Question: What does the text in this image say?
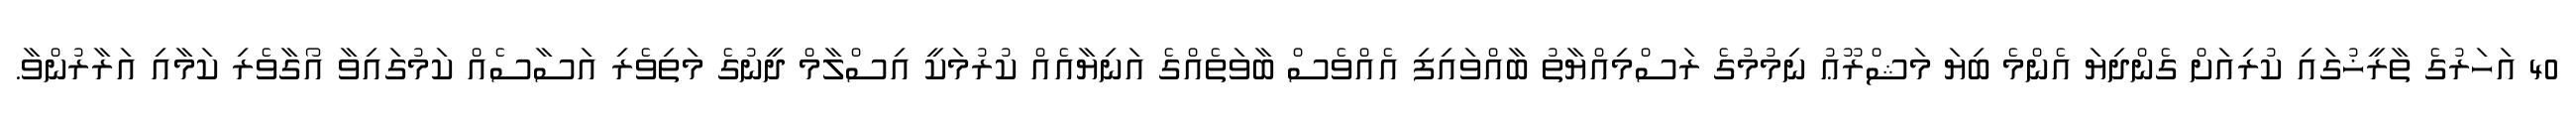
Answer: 40 އަހަރުގެ ތާރީޚުގައި ކުރިއަށް ގެންދިޔަ އެންމެ ބިޔަ މަޝްރޫޢު ނިމުމުގެ ރަސްމިއްޔާތު ބާއްވައިފި އެއްވެސް ބާވަތެއްގެ އަނިޔާއެއް ކުރުމަކީ އިސްލާމް ދީނުގެ މަތިވެރި އަސާސެއް ކަމުގައިވާ އޯގާވެރި ކަމާއި އަރާރުންވާ.